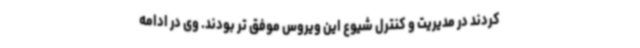
کردند در مدیریت و کنترل شیوع این ویروس موفق تر بودند. وی در ادامه